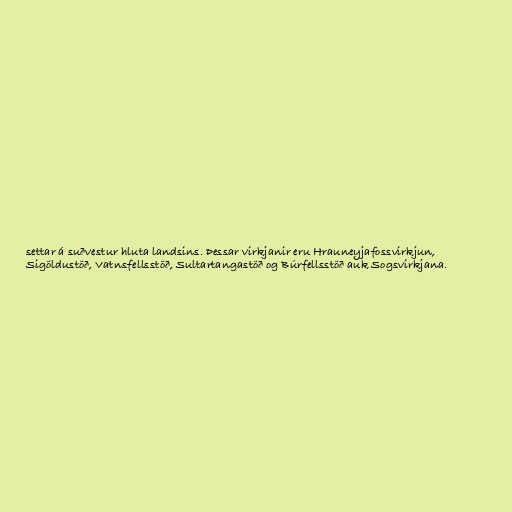
settar á suðvestur hluta landsins. Þessar virkjanir eru Hrauneyjafossvirkjun,
Sigöldustöð, Vatnsfellsstöð, Sultartangastöð og Búrfellsstöð auk Sogsvirkjana.